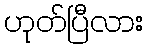
ဟုတ်ပြီလား